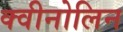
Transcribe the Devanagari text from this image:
क्वीनोलिन